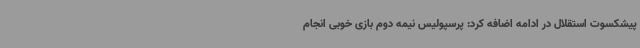
پیشکسوت استقلال در ادامه اضافه کرد: پرسپولیس نیمه دوم بازی خوبی انجام